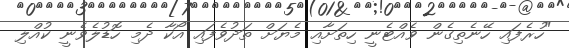
"ހުރެފައި ހޭނެތިގެން ވެއްޓެނީ ހިތަށާއި މެޔަށް ތަދުވެފައި އޯކާ ދެމި ހޮޑުލެވެނީ ކުއްލި